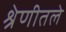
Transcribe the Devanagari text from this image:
श्रेणीतले